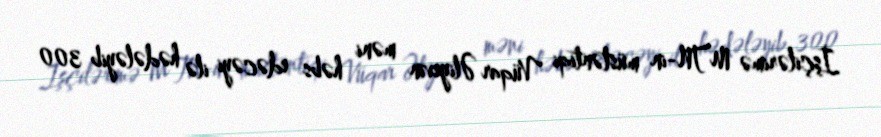
İşçilərimə MTN-in müstəntiqi Vüqar Əliyevin məni həbs edəcəyi ilə hədələyib 300